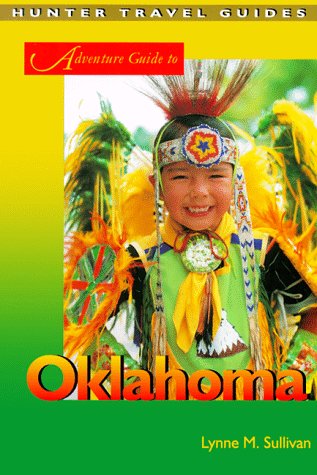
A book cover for Oklahoma (Adventure Guide to Oklahoma); Lynne M. Sullivan; Travel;